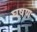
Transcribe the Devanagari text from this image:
घषण